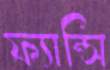
ফ্যান্সি